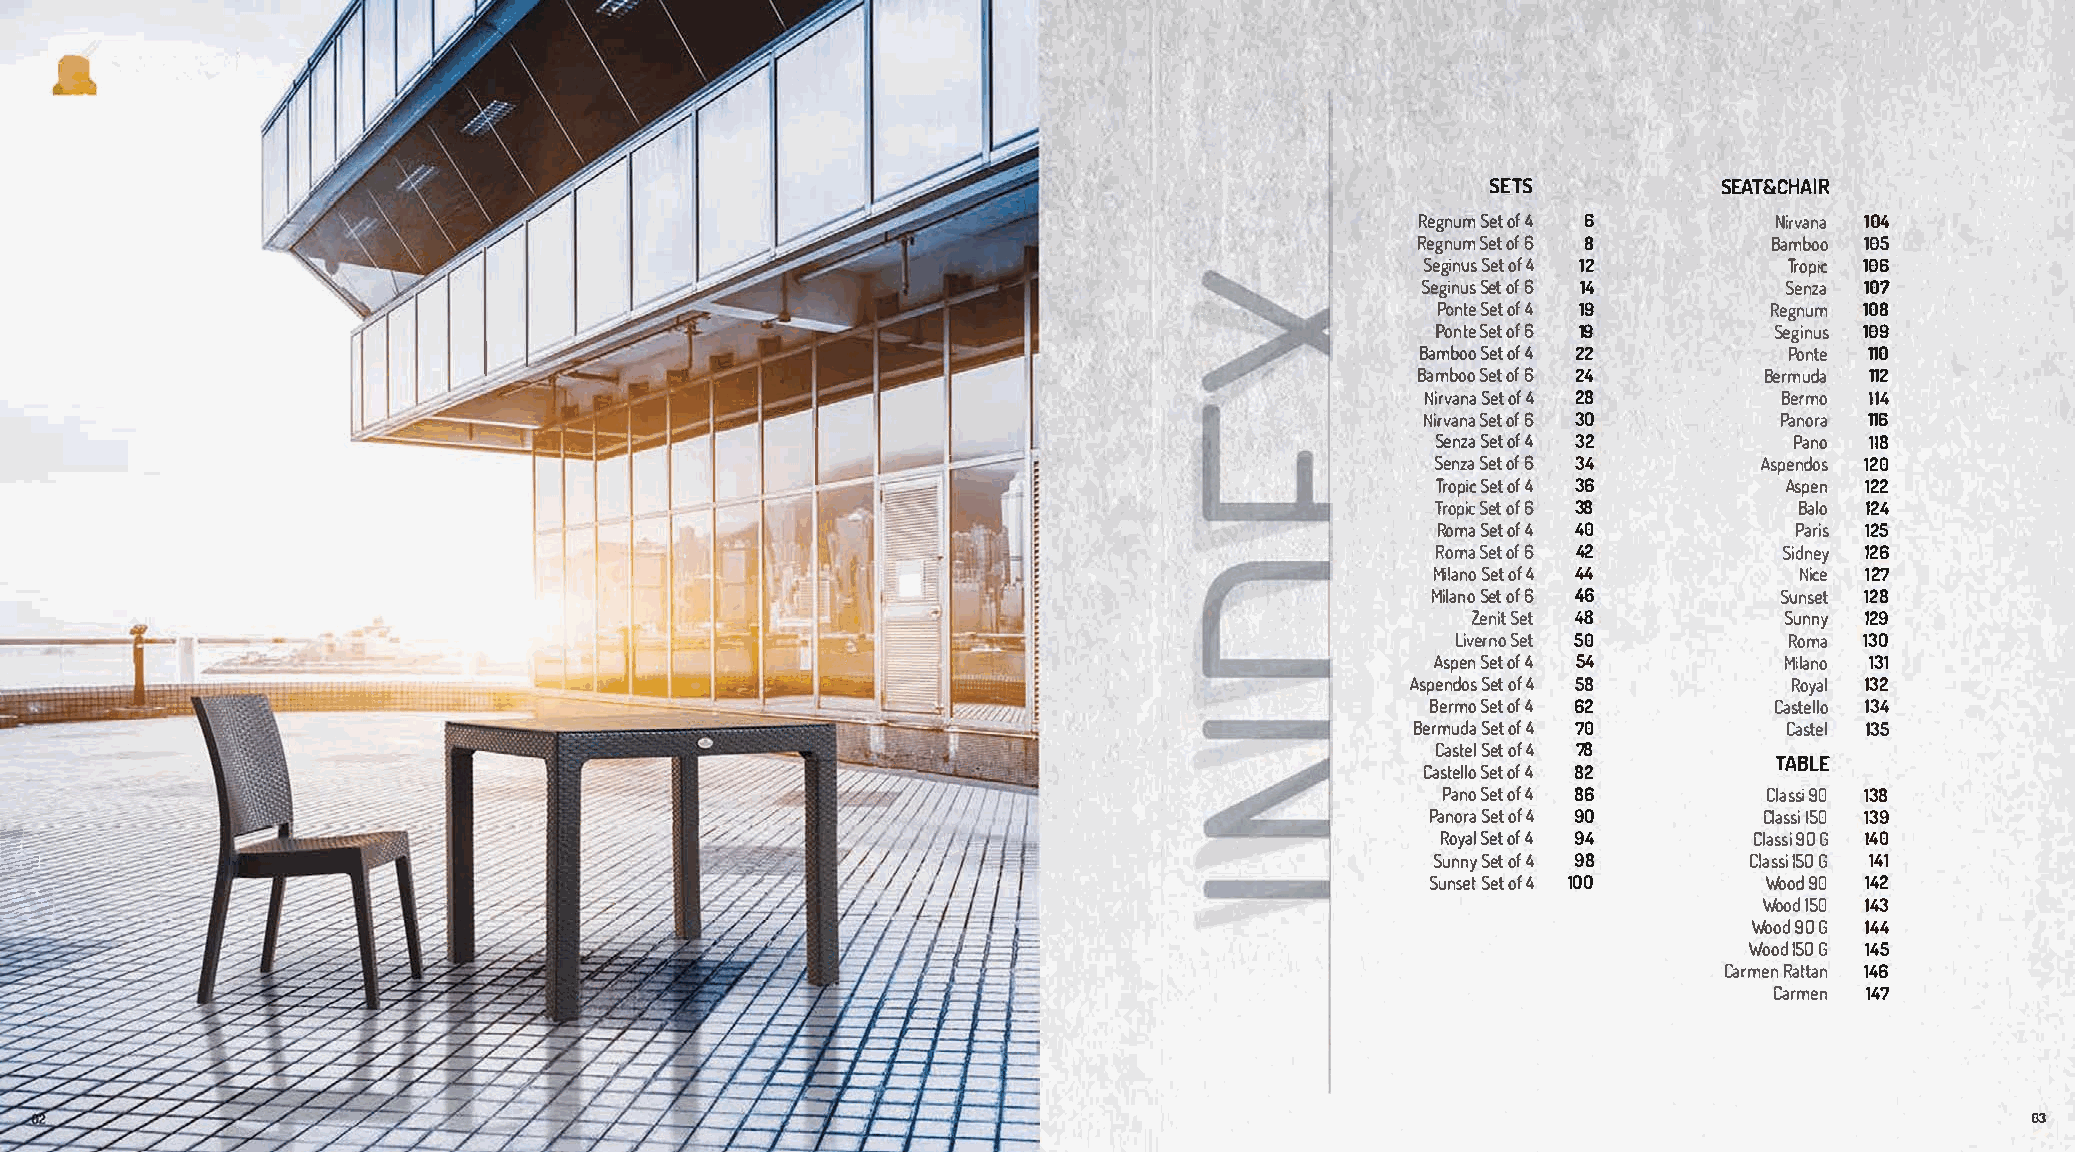
SETS           SEAT&CHAIR
 Regnum Set of4 6        Nirvana 104
 Regnum Set of 6 8      Bamboo 185
 Seginus Set of4 12      Tropic 186
 Seginus Set of 6 14     Senza 107
 Ponte Set of4 19      Regnum 108
 Ponte Set of 6 19     Seginus 189
 Bamboo Set of4 22       Ponte 110
 Bamboo Set of 6 24     Bermuda 112
 Nirvana Set of 4 28     Bermo 114
 Nirvana Set of 6 30     Panora 116
 Senza Set of4 32        Pano 118
 Senza Set of 6 34    Aspendos 128
 Tropic Set of4 36      Aspen 122
 Tropic Set of 6 38      Balo 124
 Roma Setof4 48          Paris 125
 Roma Set of 6 42       Sidney 126
 Milano Set of4 44       Nice 127
 Milano Set of 6 -46    Sunset 128
 Zenit Set 48         Sunny 129
 Liverno Set 58        Roma 130
 Aspen Set of4 54       Milano 131
 Aspendos Set of4 58       Royal 132
 Bermo Set of4 62      Castello 134
 Bermuda Set of 4 78     Castel 135
 Castel Set of4 78
 TABLE
 Castello Set of4 82
 Pano Set of4 86       Classi 90 138
 =
 =                                                                                              Panora Set of4 90     Classi 150 139
 -
 Royal Set of4 94     Classi90G 148
 Sunny Set of4 98     Classi1 50 G 141
 ��
 Sunset Set of4 100    Wood90 142
 Wood150 143
 �
 Wood90G 144
 Wood150 G 145
 Carmen Rattan 146
 Carmen 147
 03